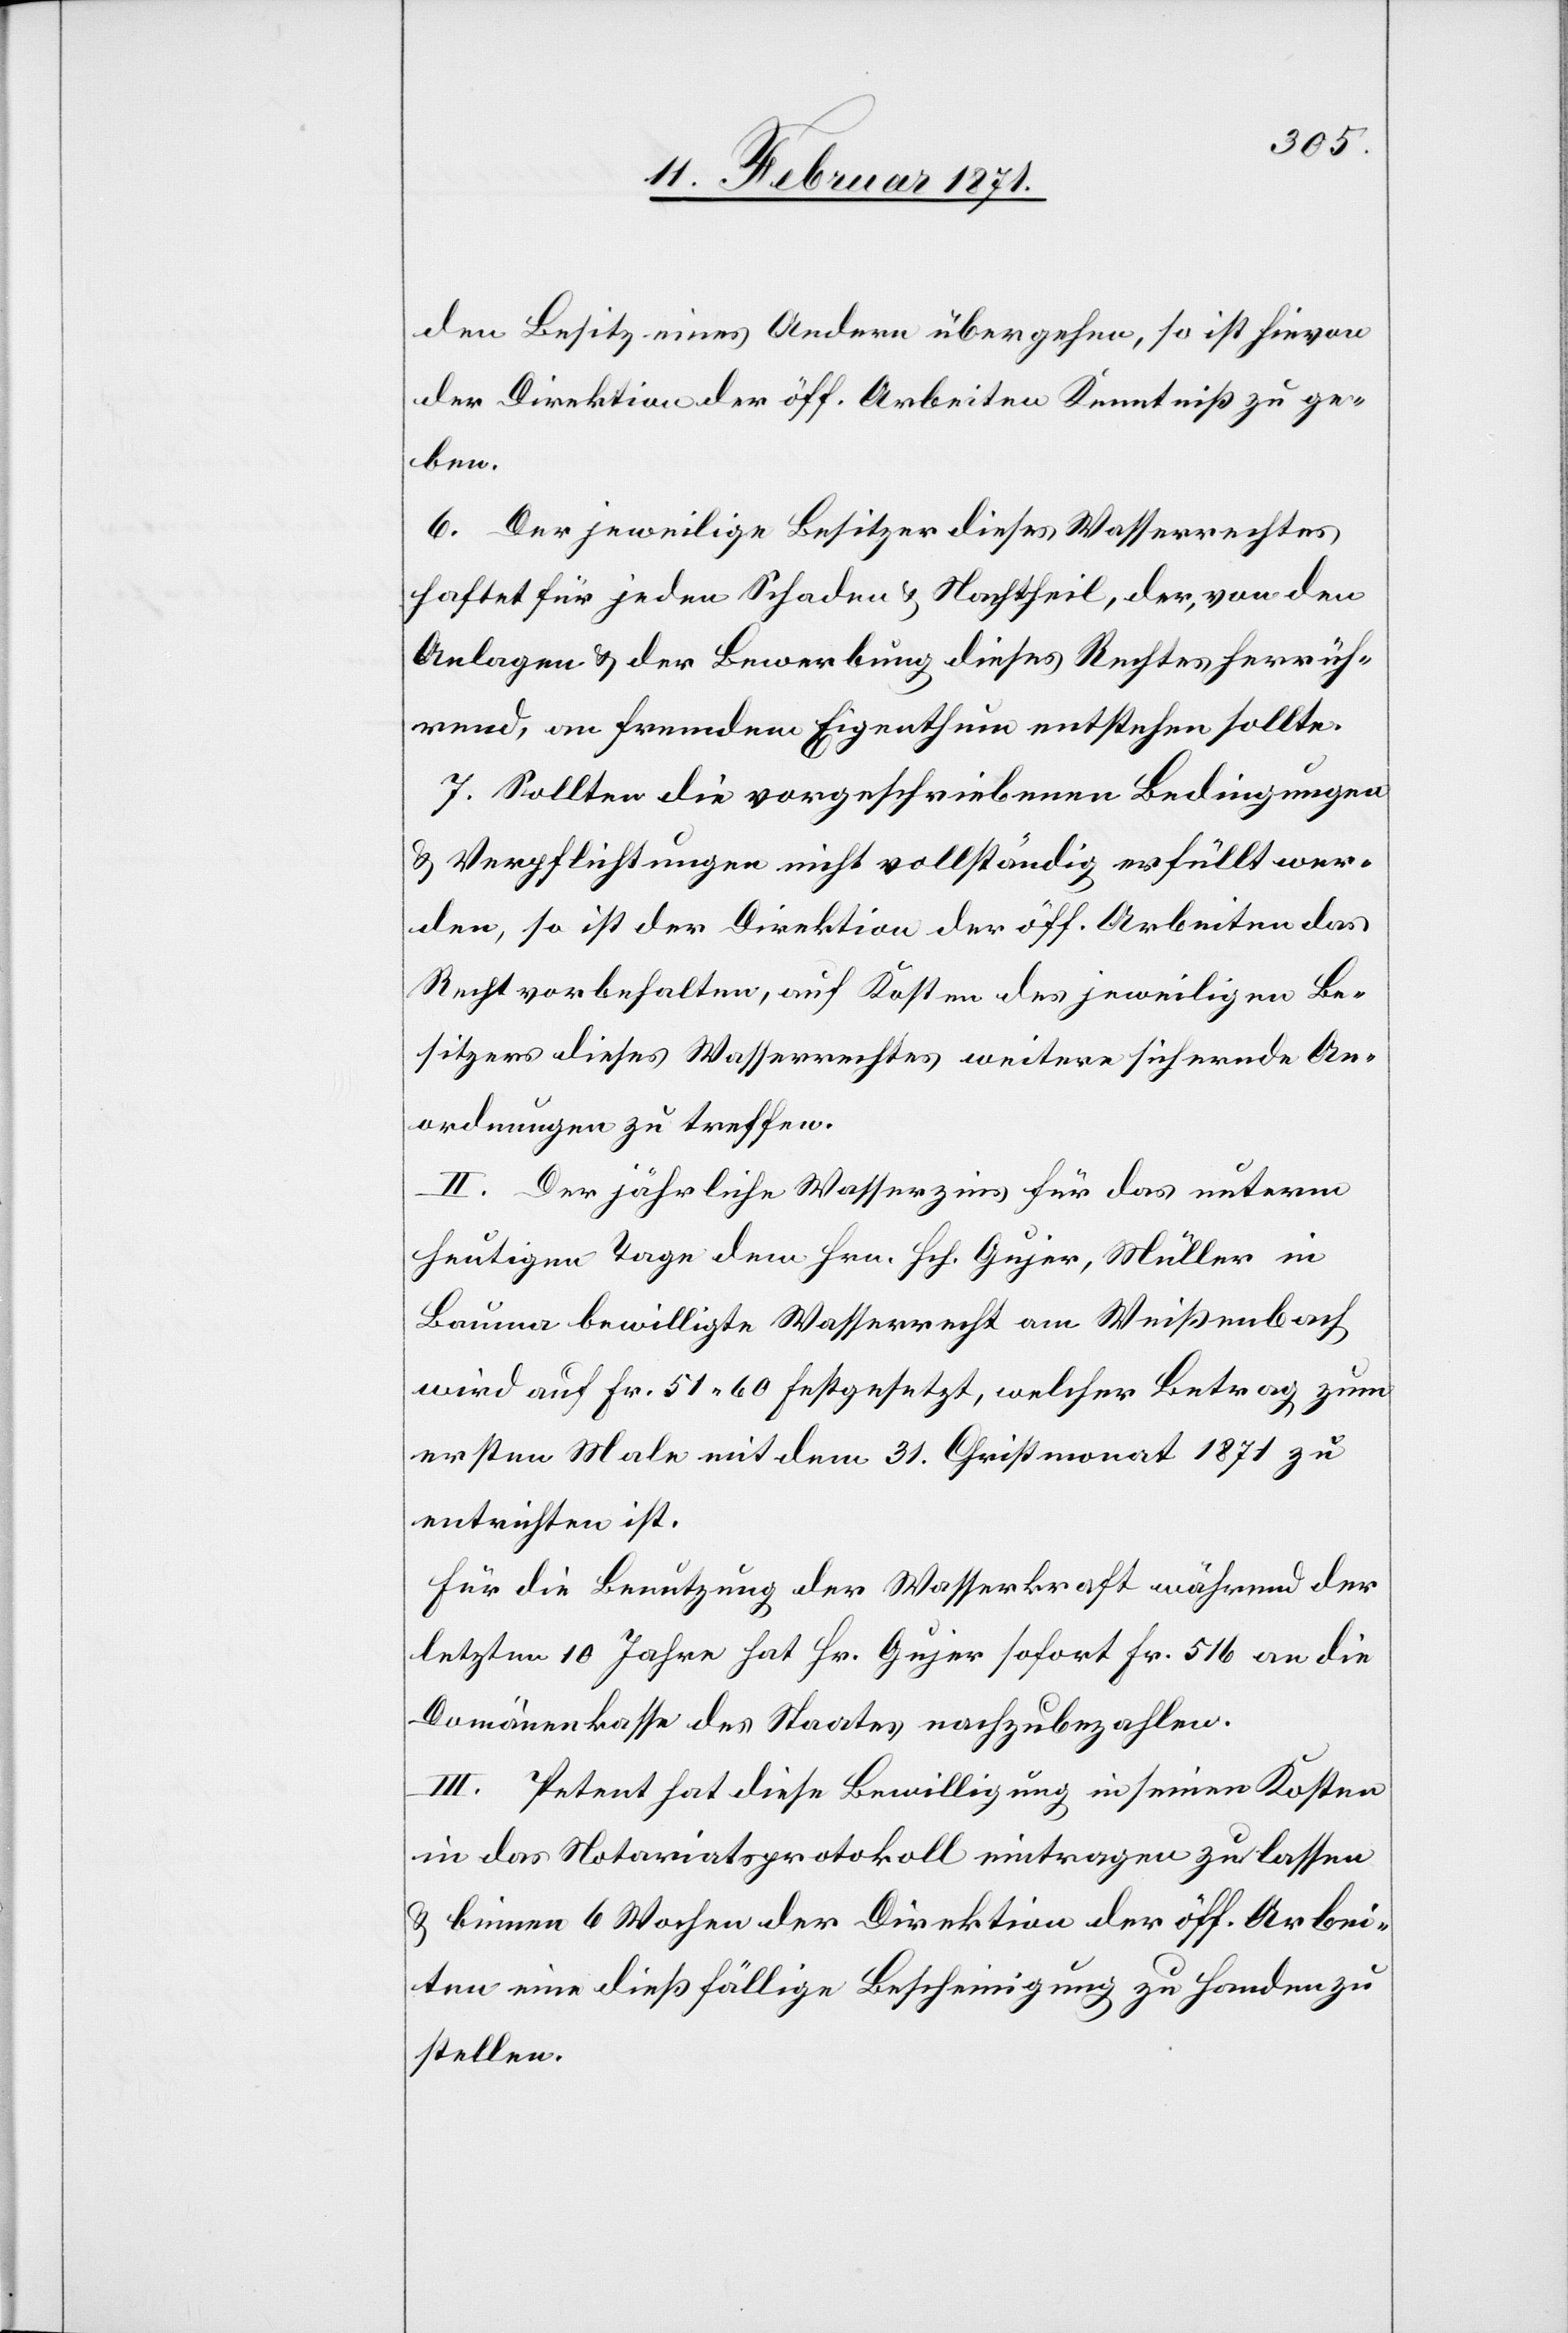
den Besitz eines Andern übergehen, so ist hievon
der Direktion der öff. Arbeiten Kenntnis zu ge¬
ben.
6. Der jeweilige Besitzer dieses Wasserrechtes
haftet für jeden Schaden u. Nachtheil, der, von den
Anlagen u. der Bewerbung dieses Rechtes herrüh¬
rend, an fremdem Eigenthum entstehen sollte.
7. Sollten die vorgeschriebenen Bedingungen
u. Verpflichtungen nicht vollständig erfüllt wer¬
den, so ist der Direktion der öff. Arbeiten das
Recht vorbehalten, auf Kosten des jeweiligen Be¬
sitzers dieses Wasserrechtes weitere sichernde An¬
ordnungen zu treffen.
II. Der jährliche Wasserzins für das unterm
heutigen Tage dem Hrn. Hch. Gujer, Müller in
Bauma bewilligte Wasserrecht am Weißenbach
wird auf Fr. 51.60 festgesetzt, welcher Betrag zum
ersten Male mit dem 31. Christmonat 1871 zu
entrichten ist.
Für die Benutzung der Wasserkraft während der
letzten 10 Jahre hat Hr. Gujer sofort Fr. 516 an die
Domänenkasse des Staates nachzubezahlen.
III. Petent hat diese Bewilligung in seinen Kosten
in das Notariatsprotokoll eintragen zu lassen
u. binnen 6 Wochen der Direktion der öff. Arbei¬
ten eine dießfällige Bescheinigung zu Handen zu
stellen.